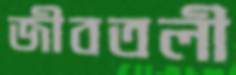
জীবতলী